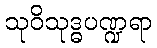
သုဝိသုဒ္ဓပဏ္ဍရာ